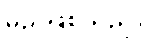
မည်ဖြစ်သည်။